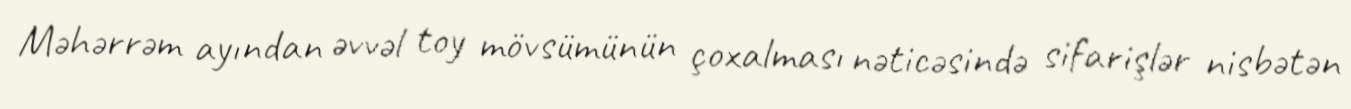
Məhərrəm ayından əvvəl toy mövsümünün çoxalması nəticəsində sifarişlər nisbətən